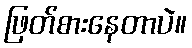
ဖြတ်စားနေတာပဲ။